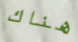
هناك